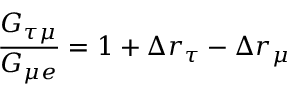
\frac { G _ { \tau \mu } } { G _ { \mu e } } = 1 + \Delta r _ { \tau } - \Delta r _ { \mu }